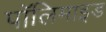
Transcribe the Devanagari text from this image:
पॉलिमाइड